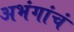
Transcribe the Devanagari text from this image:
अभंगांचं